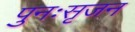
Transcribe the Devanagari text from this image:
पुनःसृजन